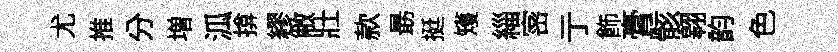
尤推分増泒揜繆敝壯款朂挺矱緇宻亍飾膏骸翱韵色